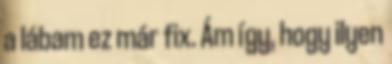
a lábam ez már fix. Ám így, hogy ilyen